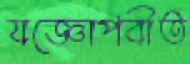
যজ্ঞোপবীত